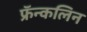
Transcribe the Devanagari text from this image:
फ्रॅन्कलिन